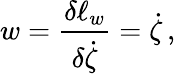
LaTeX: w=\frac{\delta\ell_{w}}{\delta\dot{\zeta}}=\dot{\zeta}\, ,